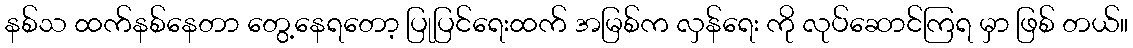
နစ်သ ထက်နစ်နေတာ တွေ့နေရတော့ ပြုပြင်ရေးထက် အမြစ်က လှန်ရေး ကို လုပ်ဆောင်ကြရ မှာ ဖြစ် တယ်။